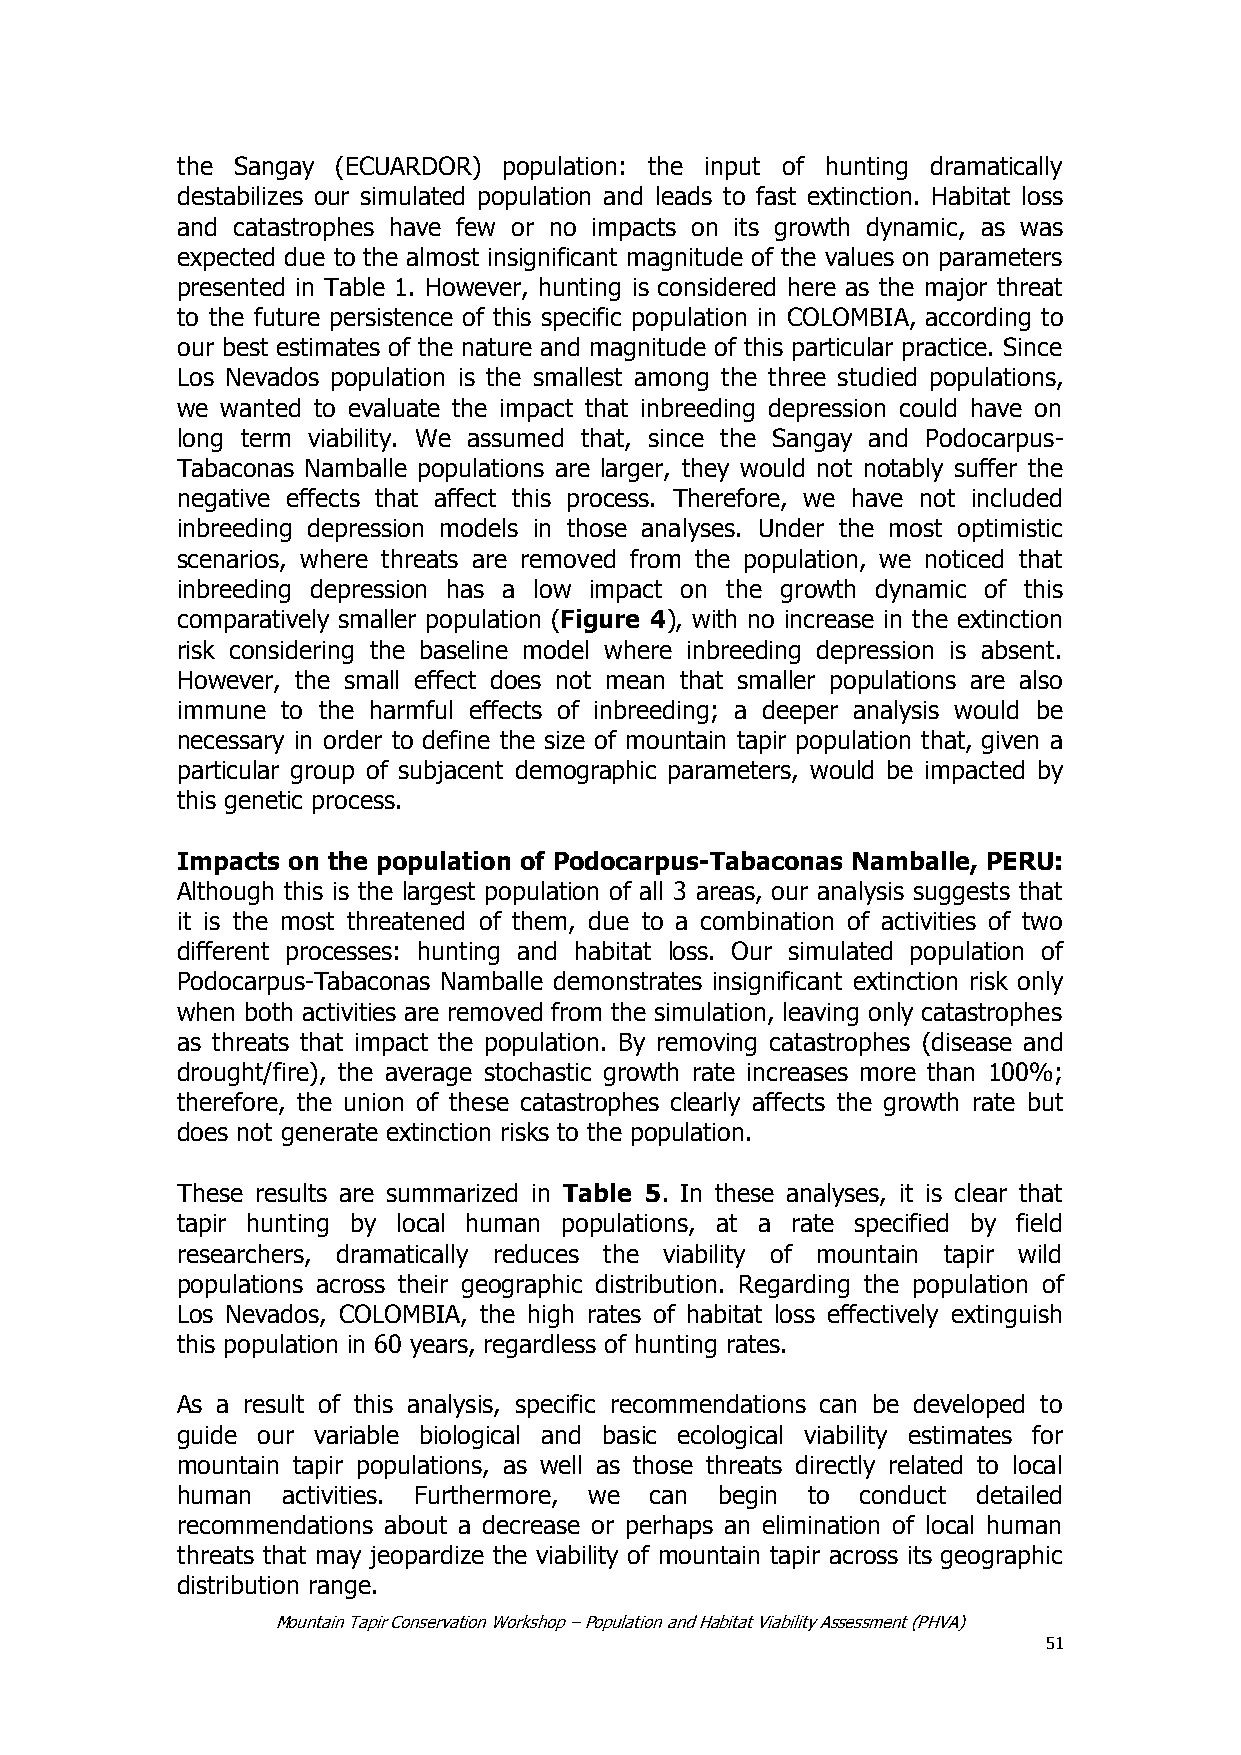
the Sangay (ECUARDOR) population: the input of hunting dramatically
 destabilizes our simulated population and leads to fast extinction. Habitat loss
 and catastrophes have few or no impacts on its growth dynamic, as was
 expected due to the almost insignificant magnitude of the values on parameters
 presented in Table 1. However, hunting is considered here as the major threat
 to the future persistence of this specific population in COLOMBIA, according to
 our best estimates of the nature and magnitude of this particular practice. Since
 Los Nevados population is the smallest among the three studied populations,
 we wanted to evaluate the impact that inbreeding depression could have on
 long term viability. We assumed that, since the Sangay and Podocarpus-
 Tabaconas Namballe populations are larger, they would not notably suffer the
 negative effects that affect this process. Therefore, we have not included
 inbreeding depression models in those analyses. Under the most optimistic
 scenarios, where threats are removed from the population, we noticed that
 inbreeding depression has a low impact on the growth dynamic of this
 comparatively smaller population (Figure 4), with no increase in the extinction
 risk considering the baseline model where inbreeding depression is absent.
 However, the small effect does not mean that smaller populations are also
 immune to the harmful effects of inbreeding; a deeper analysis would be
 necessary in order to define the size of mountain tapir population that, given a
 particular group of subjacent demographic parameters, would be impacted by
 this genetic process.
 Impacts on the population of Podocarpus-Tabaconas Namballe, PERU:
 Although this is the largest population of all 3 areas, our analysis suggests that
 it is the most threatened of them, due to a combination of activities of two
 different processes: hunting and habitat loss. Our simulated population of
 Podocarpus-Tabaconas Namballe demonstrates insignificant extinction risk only
 when both activities are removed from the simulation, leaving only catastrophes
 as threats that impact the population. By removing catastrophes (disease and
 drought/fire), the average stochastic growth rate increases more than 100%;
 therefore, the union of these catastrophes clearly affects the growth rate but
 does not generate extinction risks to the population.
 These results are summarized in Table 5. In these analyses, it is clear that
 tapir hunting by local human populations, at a rate specified by field
 researchers, dramatically reduces the viability of mountain tapir wild
 populations across their geographic distribution. Regarding the population of
 Los Nevados, COLOMBIA, the high rates of habitat loss effectively extinguish
 this population in 60 years, regardless of hunting rates.
 As a result of this analysis, specific recommendations can be developed to
 guide our variable biological and basic ecological viability estimates for
 mountain tapir populations, as well as those threats directly related to local
 human  activities. Furthermore, we can begin to conduct detailed
 recommendations about a decrease or perhaps an elimination of local human
 threats that may jeopardize the viability of mountain tapir across its geographic
 distribution range.
 Mountain Tapir Conservation Workshop – Population and Habitat Viability Assessment (PHVA)
 51